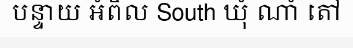
បន្ទាយ អំពិល South ឃុំ ណាំ តៅ